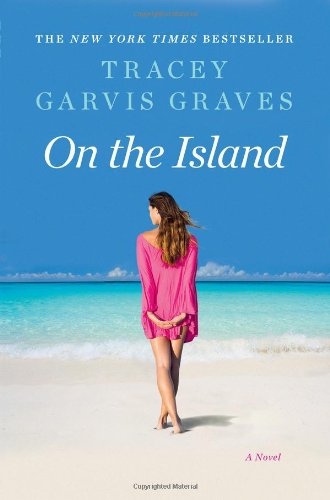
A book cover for On the Island; Tracey Garvis Graves; Romance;